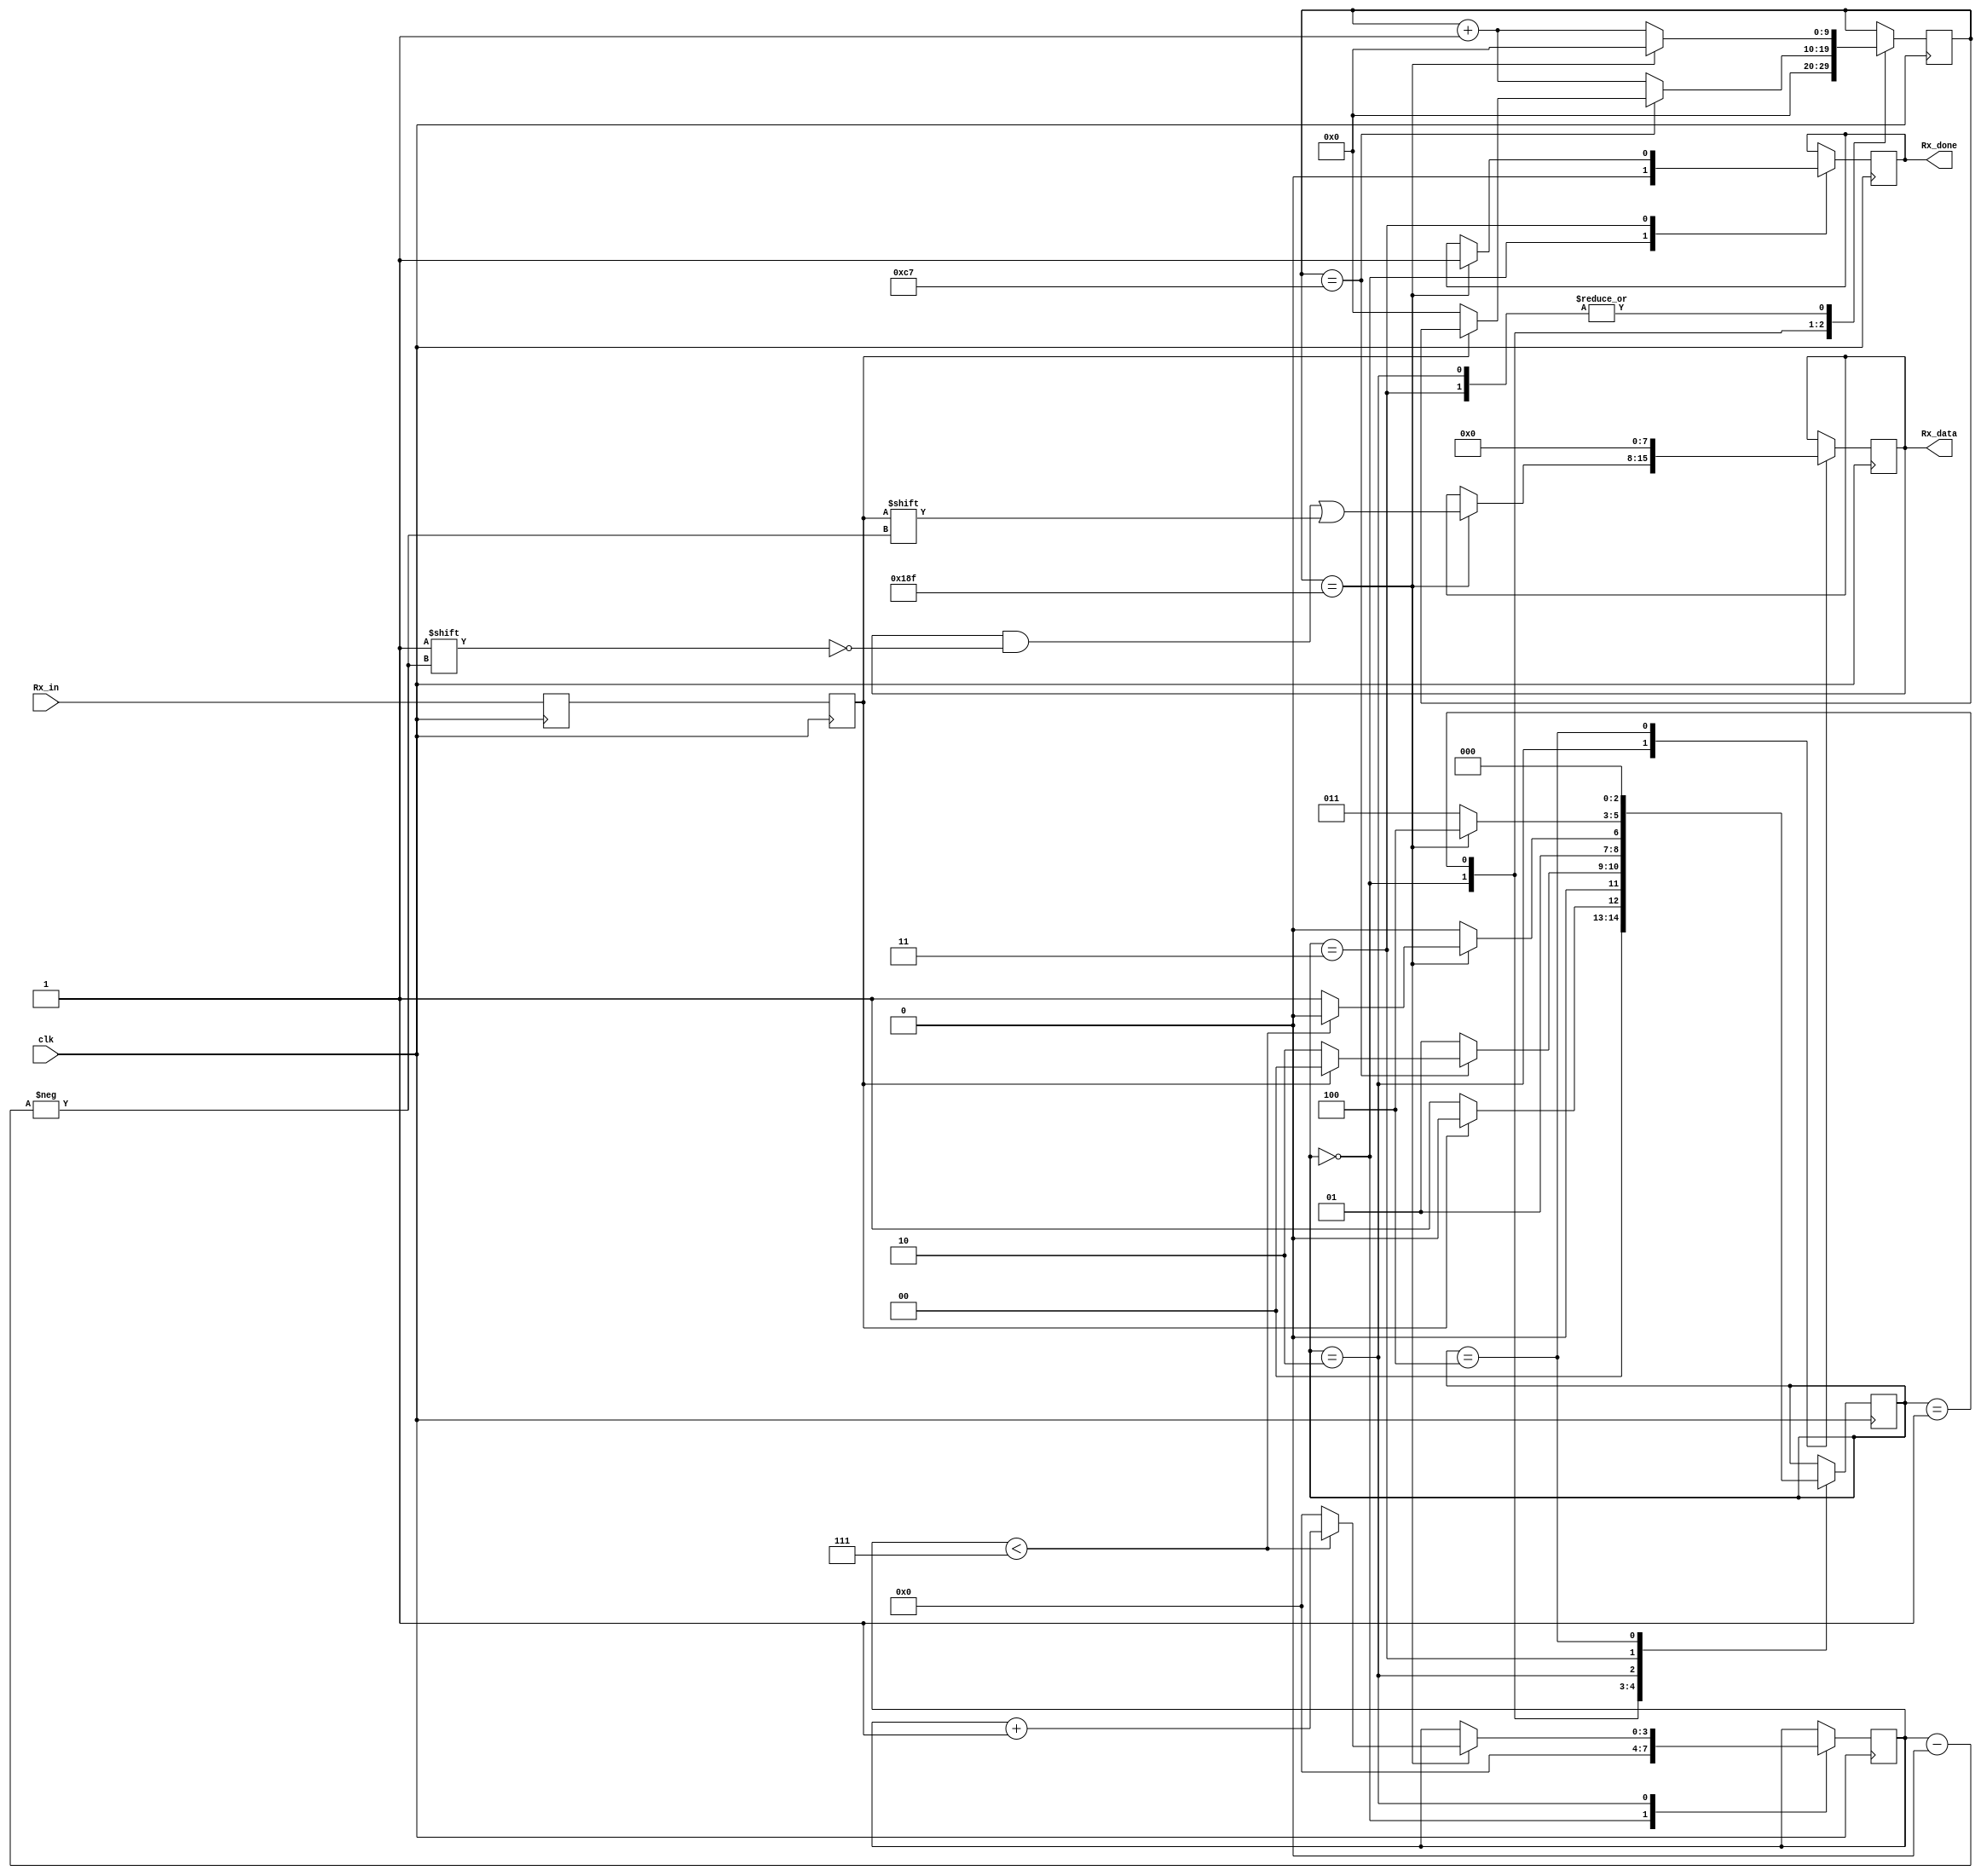
module test( input clk,input Rx_in ,output [7:0]Rx_data ,output Rx_done);
parameter rate = 400; //for 25000 baud rate

reg [2:0] state = 0;
reg [2:0] state = 0; 
parameter IDLE = 0,Start_bit = 1,Data = 2,Stop_bit = 3, Latch = 4;

reg rx_data = 0,rx_temp = 0;
reg Rx_done = 0; 
reg[7:0]Rx_data = 0;
reg [3:0]bit_count = 0;
reg [9:0]clk_count = 0;

always @(posedge clk)
begin
	rx_temp <= Rx_in;
	rx_data <= rx_temp;
end

always @(posedge clk)
begin
	case(state)
	IDLE: 
	begin
		Rx_done = 0;
		bit_count = 0;
		clk_count = 0;
		if (~rx_data)
			state <= Start_bit;
		else
			state <= IDLE;
	end
	
	Start_bit : 
	begin
		if(clk_count == (rate-1)/2)
			if(rx_data == 0)
				begin
				clk_count <= 0;
				state <= Data;
				end
			else
				state <= IDLE;
		else
			begin
			state <= Start_bit;
			clk_count <= clk_count + 1;
			end
	end
	
	Data : 
	begin
		if (clk_count == rate -1 )
			begin
			clk_count <= 0;
			Rx_data[bit_count] = rx_data;
			if (bit_count < 7)
				begin
				bit_count <= bit_count +1;
				state <= Data;
				end
			else
				begin
				bit_count <= 0;
				state <= Stop_bit;
				end
			end
		else
			begin
			clk_count <= clk_count + 1;
			state <= Data;
			end
	end
	
	Stop_bit : 
	begin
		if (clk_count == rate -1 )
			begin
			clk_count <= 0;
			state <= Latch ;
			Rx_done <= 1;
			end
		else
			begin
			clk_count <= clk_count +1;
			state <= Stop_bit;
			end
	end
	
	Latch : 
	begin
	Rx_data <= 0;
	state <= IDLE;
	end
	endcase
end
 	
endmodule